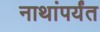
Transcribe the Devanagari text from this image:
नाथांपर्यंत